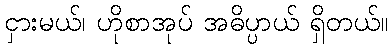
ငှားမယ်၊ ဟိုစာအုပ် အဓိပ္ပာယ် ရှိတယ်။